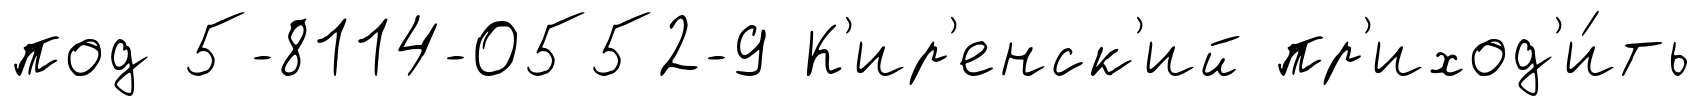
под 5-8114-0552-9 К'ир'енск'ий пр'иход'и́ть